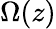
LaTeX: \Omega(z)